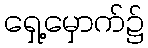
ရှေ့မှောက်၌